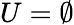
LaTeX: U=\emptyset